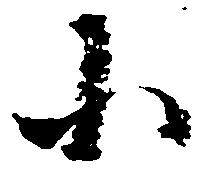
小